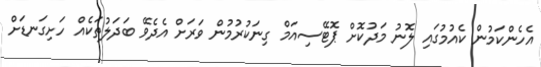
އެހެންކަމުން ކެއުމުގައި ލޮނު މަދުކޮށް ޕޮޓޭސިއަމް ގިނަކުރުމުން ވަރަށް އެދެވޭ ބަދަލުތަކެއް ހަށިގަނޑަށް